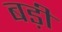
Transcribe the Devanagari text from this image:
बड़ीं